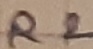
Text: R2